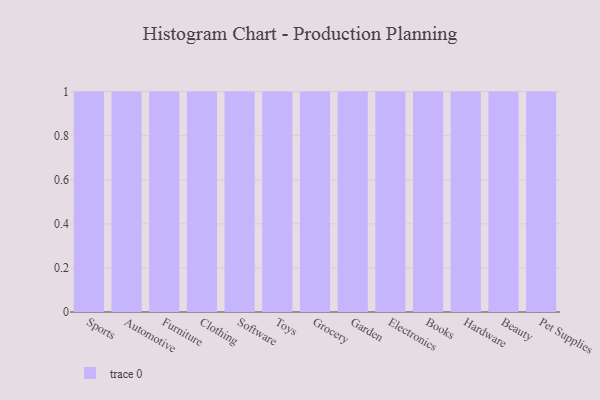
{"axis": {"x": "Category", "y": "Inventory Turnover"}, "legend": [""], "data": [{"x": "Sports", "y": 78, "type": ""}, {"x": "Automotive", "y": 25, "type": ""}, {"x": "Furniture", "y": 29, "type": ""}, {"x": "Clothing", "y": 80, "type": ""}, {"x": "Software", "y": 57, "type": ""}, {"x": "Toys", "y": 77, "type": ""}, {"x": "Grocery", "y": 14, "type": ""}, {"x": "Garden", "y": 9, "type": ""}, {"x": "Electronics", "y": 55, "type": ""}, {"x": "Books", "y": 95, "type": ""}, {"x": "Hardware", "y": 92, "type": ""}, {"x": "Beauty", "y": 14, "type": ""}, {"x": "Pet Supplies", "y": 58, "type": ""}]}